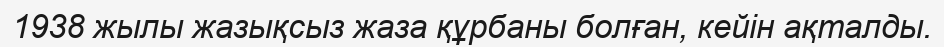
1938 жылы жазықсыз жаза құрбаны болған, кейін ақталды.